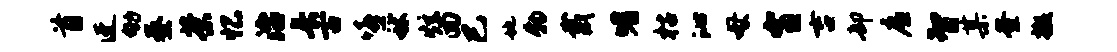
首迓劬秦茶忆治长古嘻秫炫回巳地物戴嗜枯沁母宵吉却廉智某釜撤